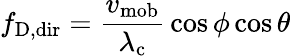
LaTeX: f_{\mathrm{{D,dir}}}={\frac{v_{\mathrm{{mob}}}}{\lambda_{\mathrm{{c}}}}}\cos\phi\cos\theta